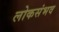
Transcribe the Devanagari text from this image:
लोकसंभव